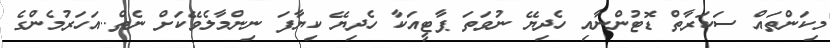
މިކަންތައް ސަކަރާތް ޑޮޓުންނާއި ހެދިޔޭ ނުވަތަ ޕާޓީއަކާ ހެދިޔޭ ކިޔާފަ ނިންމާލެވޭކަށް ނެތް..އަހަރުމެންގެ